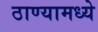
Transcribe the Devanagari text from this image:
ठाण्यामध्ये